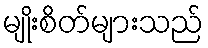
မျိုးစိတ်များသည်